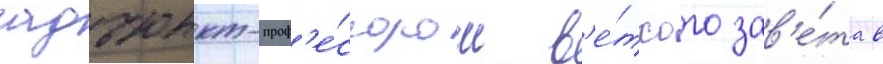
адъюнкт-проф'е́ссором в'е́тхого зав'е́та в